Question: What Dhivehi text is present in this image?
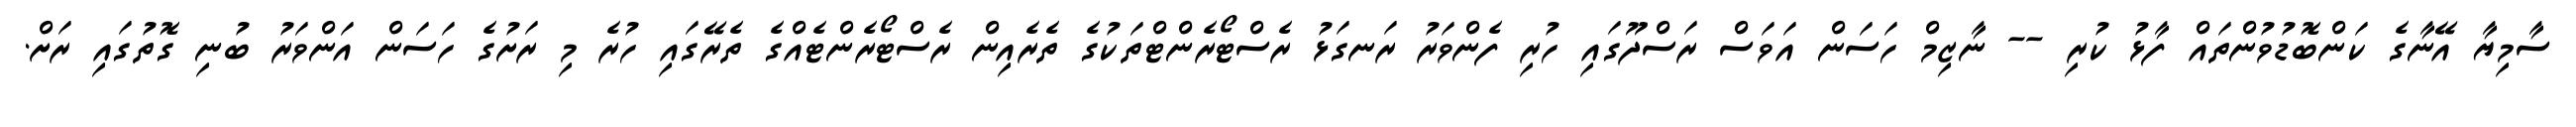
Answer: ސާމިޔާ އޭނާގެ ކަންބޮޑުވުންތައް ފާޅު ކުރި -- ނާޒިމް ހަސަން އަވަސް ރަސްދޫގައި ހުރި ފެންވަރު ރަނގަޅު ރެސްޓޯރެންޓްތަކުގެ ތެރެއިން ރެސްޓޯރެންޓެއްގެ ތެރޭގައި ހުރެ މި ރަށުގެ ހަސަން އަންވަރު ބުނި ގޮތުގައި ރަށް.